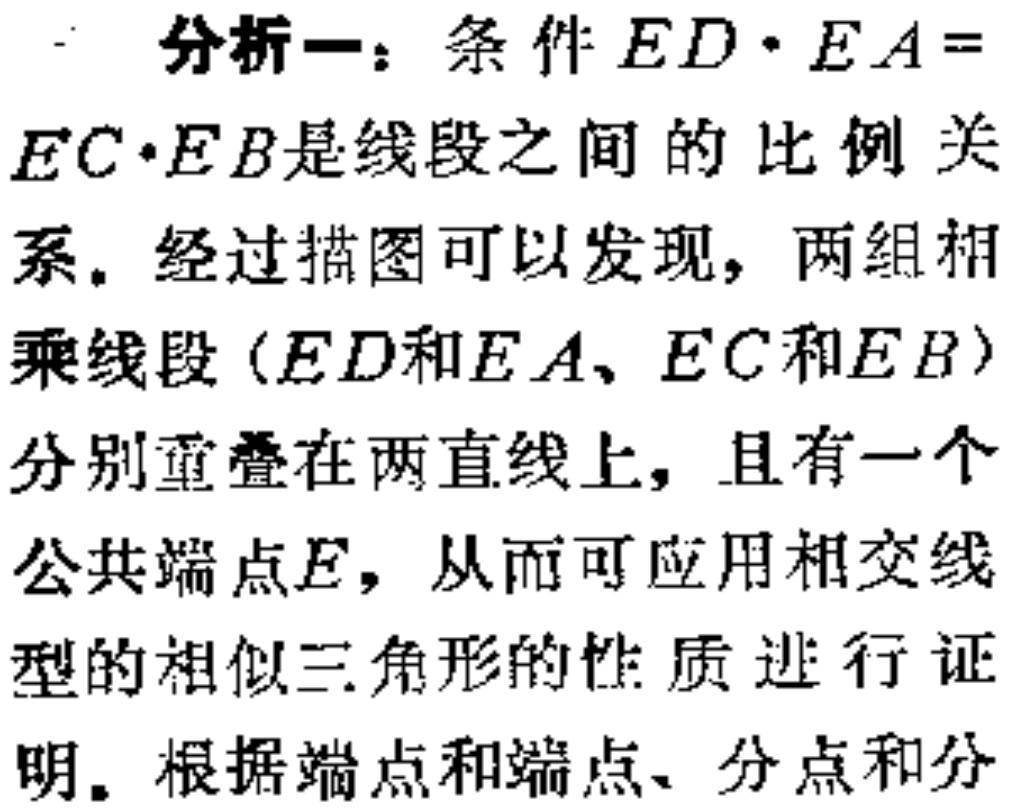
分析一：条件 \(ED\cdot EA = EC\cdot EB\)是线段之间的比例关系。经过描图可以发现，两组相乘线段（\(ED\)和\(EA\)、\(EC\)和\(EB\)）分别重叠在两直线上，且有一个公共端点\(E\)，从而可应用相交线型的相似三角形的性质进行证明。根据端点和端点、分点和分